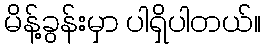
မိန့်ခွန်းမှာ ပါရှိပါတယ်။